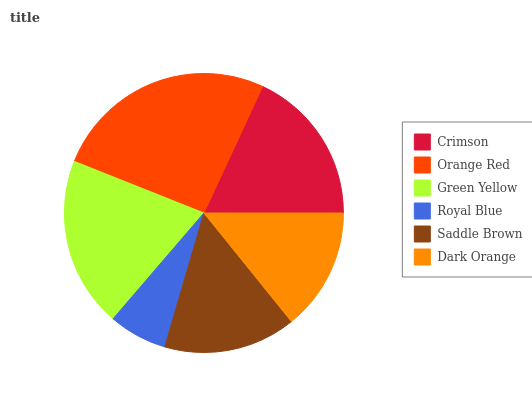
| Crimson | Orange Red | Green Yellow | Royal Blue | Saddle Brown | Dark Orange |
 | --- | --- | --- | --- | --- | --- |
 | 18.1% | 25.9% | 19.7% | 6.76% | 15.3% | 14.2% |